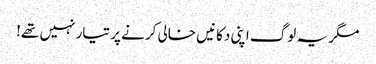
مگر یہ لوگ اپنی دکانیں خالی کرنے پر تیار نہیں تھے!